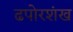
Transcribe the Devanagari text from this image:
ढपोरशंख